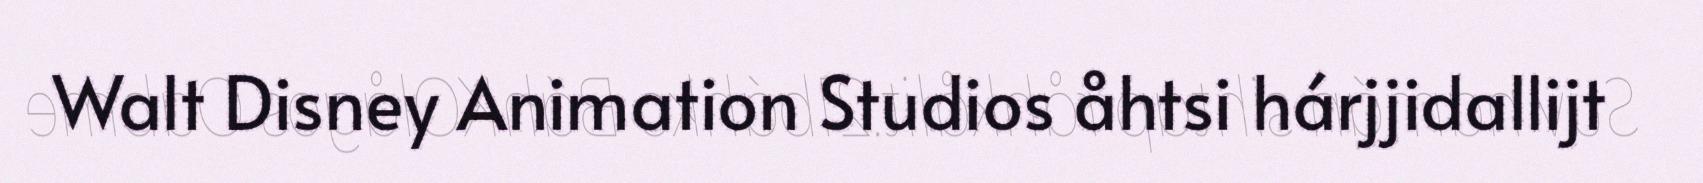
Walt Disney Animation Studios åhtsi hárjjidallijt